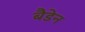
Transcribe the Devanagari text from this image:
बैडेन